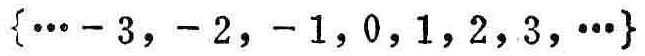
\(\{\cdots - 3, - 2, - 1, 0, 1, 2, 3, \cdots\}\)